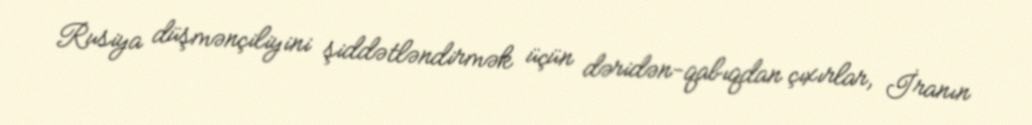
Rusiya düşmənçiliyini şiddətləndirmək üçün dəridən-qabıqdan çıxırlar, İranın